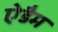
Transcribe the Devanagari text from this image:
ऐडैम